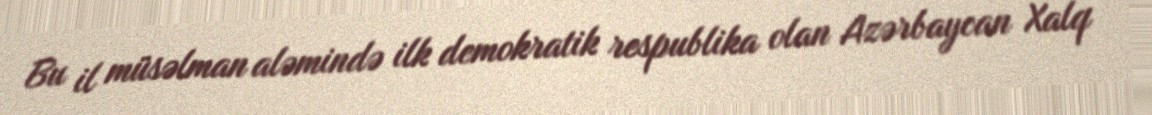
Bu il müsəlman aləmində ilk demokratik respublika olan Azərbaycan Xalq